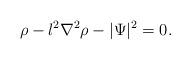
LaTeX: \begin{align*}\rho - l^{2}\nabla^{2}\rho - |\Psi|^{2} = 0.\end{align*}